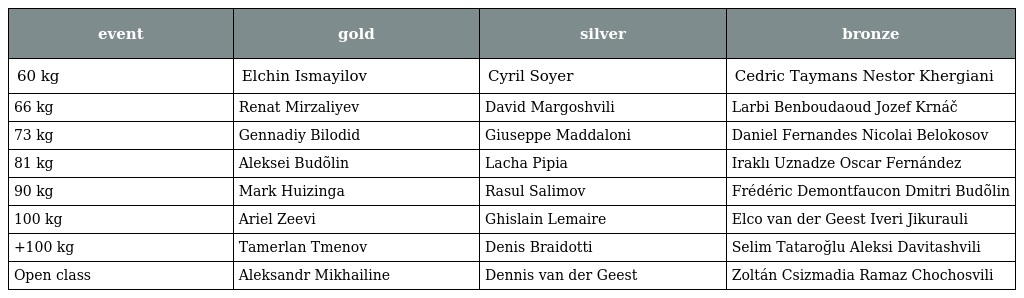
| event | gold | silver | bronze |
 | --- | --- | --- | --- |
 | 60 kg | Elchin Ismayilov | Cyril Soyer | Cedric Taymans Nestor Khergiani |
 | 66 kg | Renat Mirzaliyev | David Margoshvili | Larbi Benboudaoud Jozef Krnáč |
 | 73 kg | Gennadiy Bilodid | Giuseppe Maddaloni | Daniel Fernandes Nicolai Belokosov |
 | 81 kg | Aleksei Budõlin | Lacha Pipia | Iraklı Uznadze Oscar Fernández |
 | 90 kg | Mark Huizinga | Rasul Salimov | Frédéric Demontfaucon Dmitri Budõlin |
 | 100 kg | Ariel Zeevi | Ghislain Lemaire | Elco van der Geest Iveri Jikurauli |
 | +100 kg | Tamerlan Tmenov | Denis Braidotti | Selim Tataroğlu Aleksi Davitashvili |
 | Open class | Aleksandr Mikhailine | Dennis van der Geest | Zoltán Csizmadia Ramaz Chochosvili |